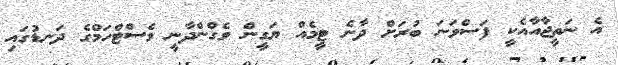
އެ ނަތީޖާއާއެކީ ފަސްވަނަ ބުރަށް ދާނެ ޓީމެއް ޔަގީން ވެގްންދާނީ ވެސްޓްހަމްގެ ދަނޑުގައި